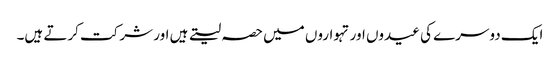
ایک دوسرے کی عیدوں اور تہواروں میں حصہ لیتے ہیں اور شرکت کرتے ہیں۔